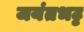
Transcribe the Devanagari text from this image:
जयंतभट्ट